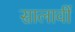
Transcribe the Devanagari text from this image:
सालावीं